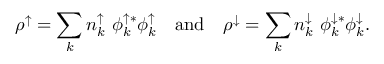
\rho ^ { \uparrow } = \sum _ { k } { n _ { k } ^ { \uparrow } \ \phi _ { k } ^ { \uparrow * } \phi _ { k } ^ { \uparrow } } \quad \mathrm { a n d } \quad \rho ^ { \downarrow } = \sum _ { k } { n _ { k } ^ { \downarrow } \ \phi _ { k } ^ { \downarrow * } \phi _ { k } ^ { \downarrow } } .